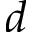
d